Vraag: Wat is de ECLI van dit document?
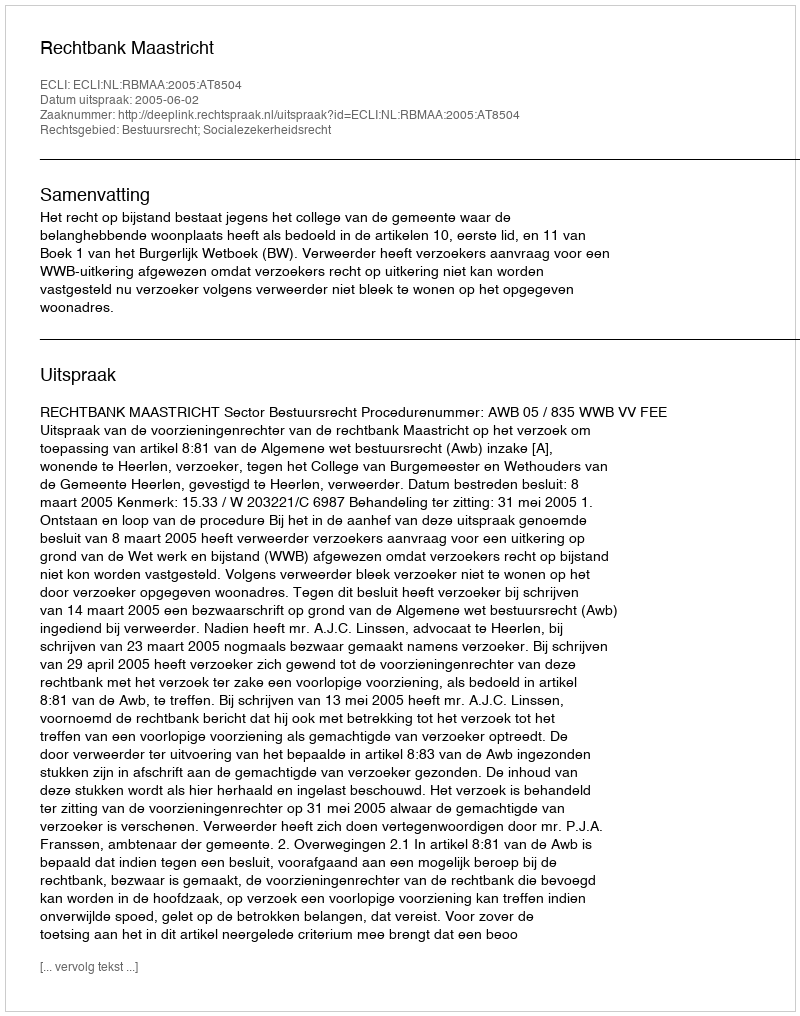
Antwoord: ECLI:NL:RBMAA:2005:AT8504